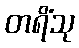
တရိံသု